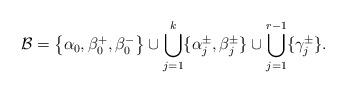
LaTeX: \begin{align*}\mathcal B= \bigl\{\alpha_0, \beta^+_0, \beta^-_0 \bigr\} \cup \bigcup_{j=1}^k\{\alpha_j^\pm,\beta_j^\pm \} \cup \bigcup_{j=1}^{r-1} \{\gamma_j^\pm\}.\end{align*}